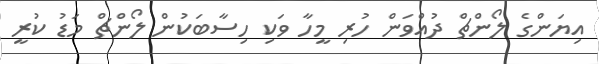
އިޔަންގެ ލޯންޗް ދުއްވަން ހުރި މީހާ ވަކި ހިސާބަކުން ލޯންޗް މަޑު ކުރީ